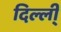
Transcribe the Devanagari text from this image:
दिल्ली्